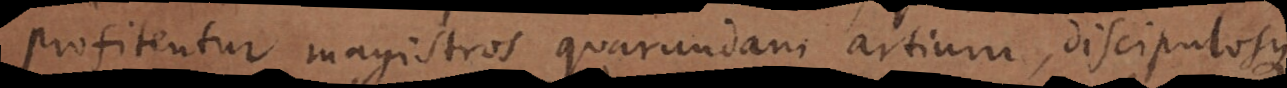
profitentur magistros quarundam artium, discipulosque